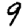
Digit: 9